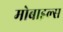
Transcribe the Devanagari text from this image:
मोबाइल्स